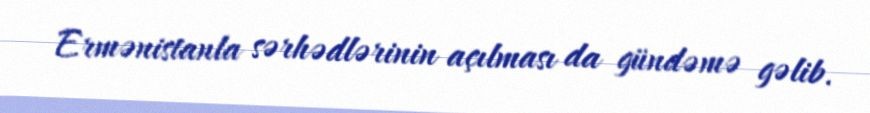
Ermənistanla sərhədlərinin açılması da gündəmə gəlib.